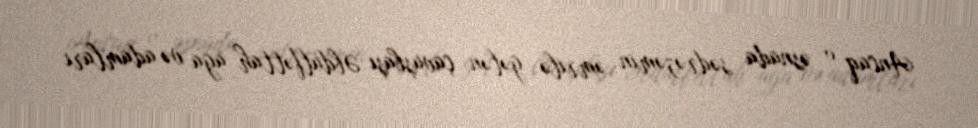
Ancaq o əsnada sədrəzəmin əmrilə gələn çavuşbaşı Əbdülfəttah ağa və adamları